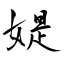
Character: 媞